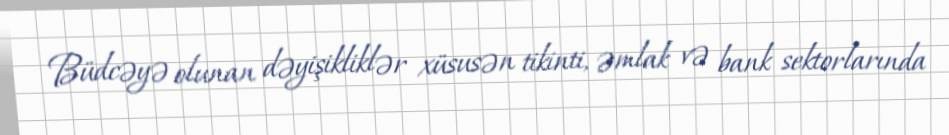
Büdcəyə olunan dəyişikliklər xüsusən tikinti, əmlak və bank sektorlarında